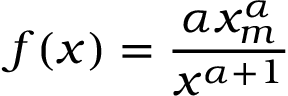
f ( x ) = { \frac { \alpha x _ { m } ^ { \alpha } } { x ^ { \alpha + 1 } } }